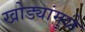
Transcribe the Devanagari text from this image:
खोड्यांमुळे